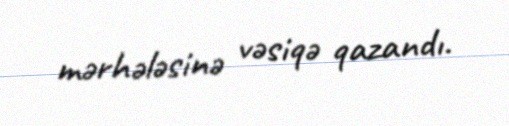
mərhələsinə vəsiqə qazandı.